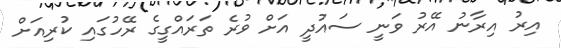
އިރު އިރާނު އޭރު ވަނީ ސައުދީ އަށް ވުރެ ތަރައްގީގެ ރޭހުގައި ކުރިއަށް